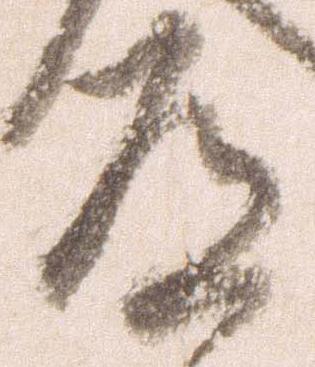
道